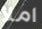
املأ